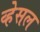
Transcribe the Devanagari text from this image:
व्हेसल